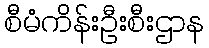
စီမံကိန်းဦးစီးဌာန